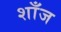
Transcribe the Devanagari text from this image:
शाँज